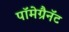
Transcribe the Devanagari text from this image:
पॉमेग्रैनॅट